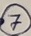
Text: 7